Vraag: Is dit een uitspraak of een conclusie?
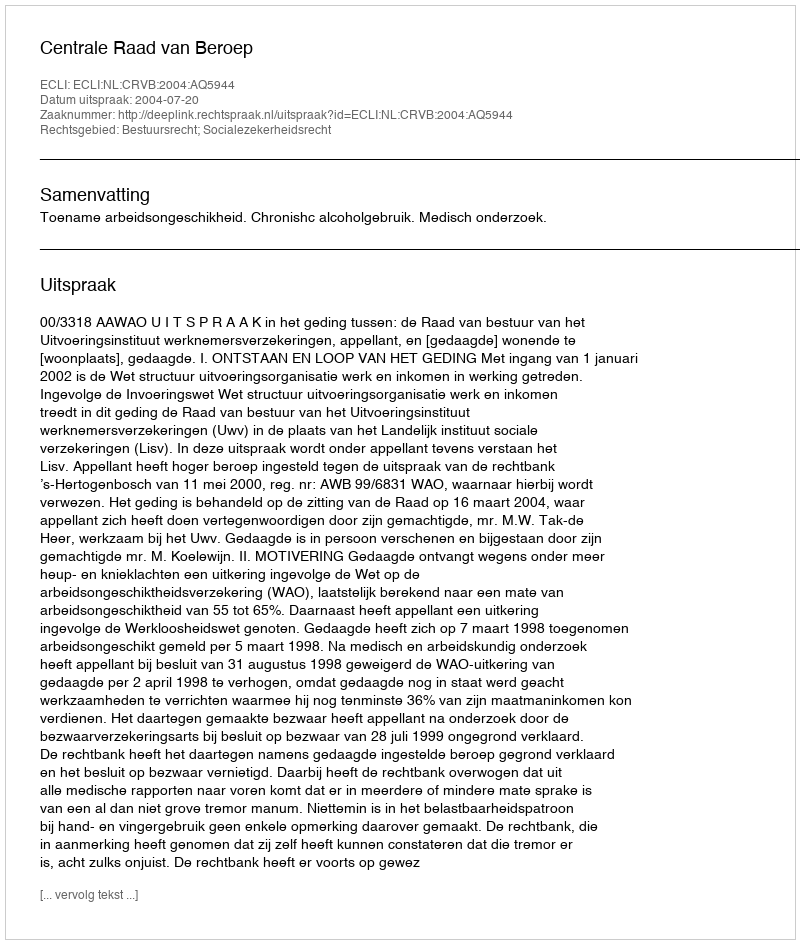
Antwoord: Uitspraak